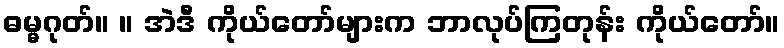
ဓမ္မဂုတ်။ ။ အဲဒီ ကိုယ်တော်များက ဘာလုပ်ကြတုန်း ကိုယ်တော်။